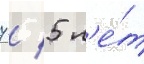
7 / 5 л'е́т